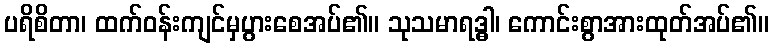
ပရိစိတာ၊ ထက်ဝန်းကျင်မှပွားစေအပ်၏။ သုသမာရဒ္ဓါ၊ ကောင်းစွာအားထုတ်အပ်၏။